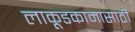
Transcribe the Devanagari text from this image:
लाकूडकामासाठी